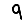
Digit: 9